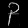
Digit: ၃